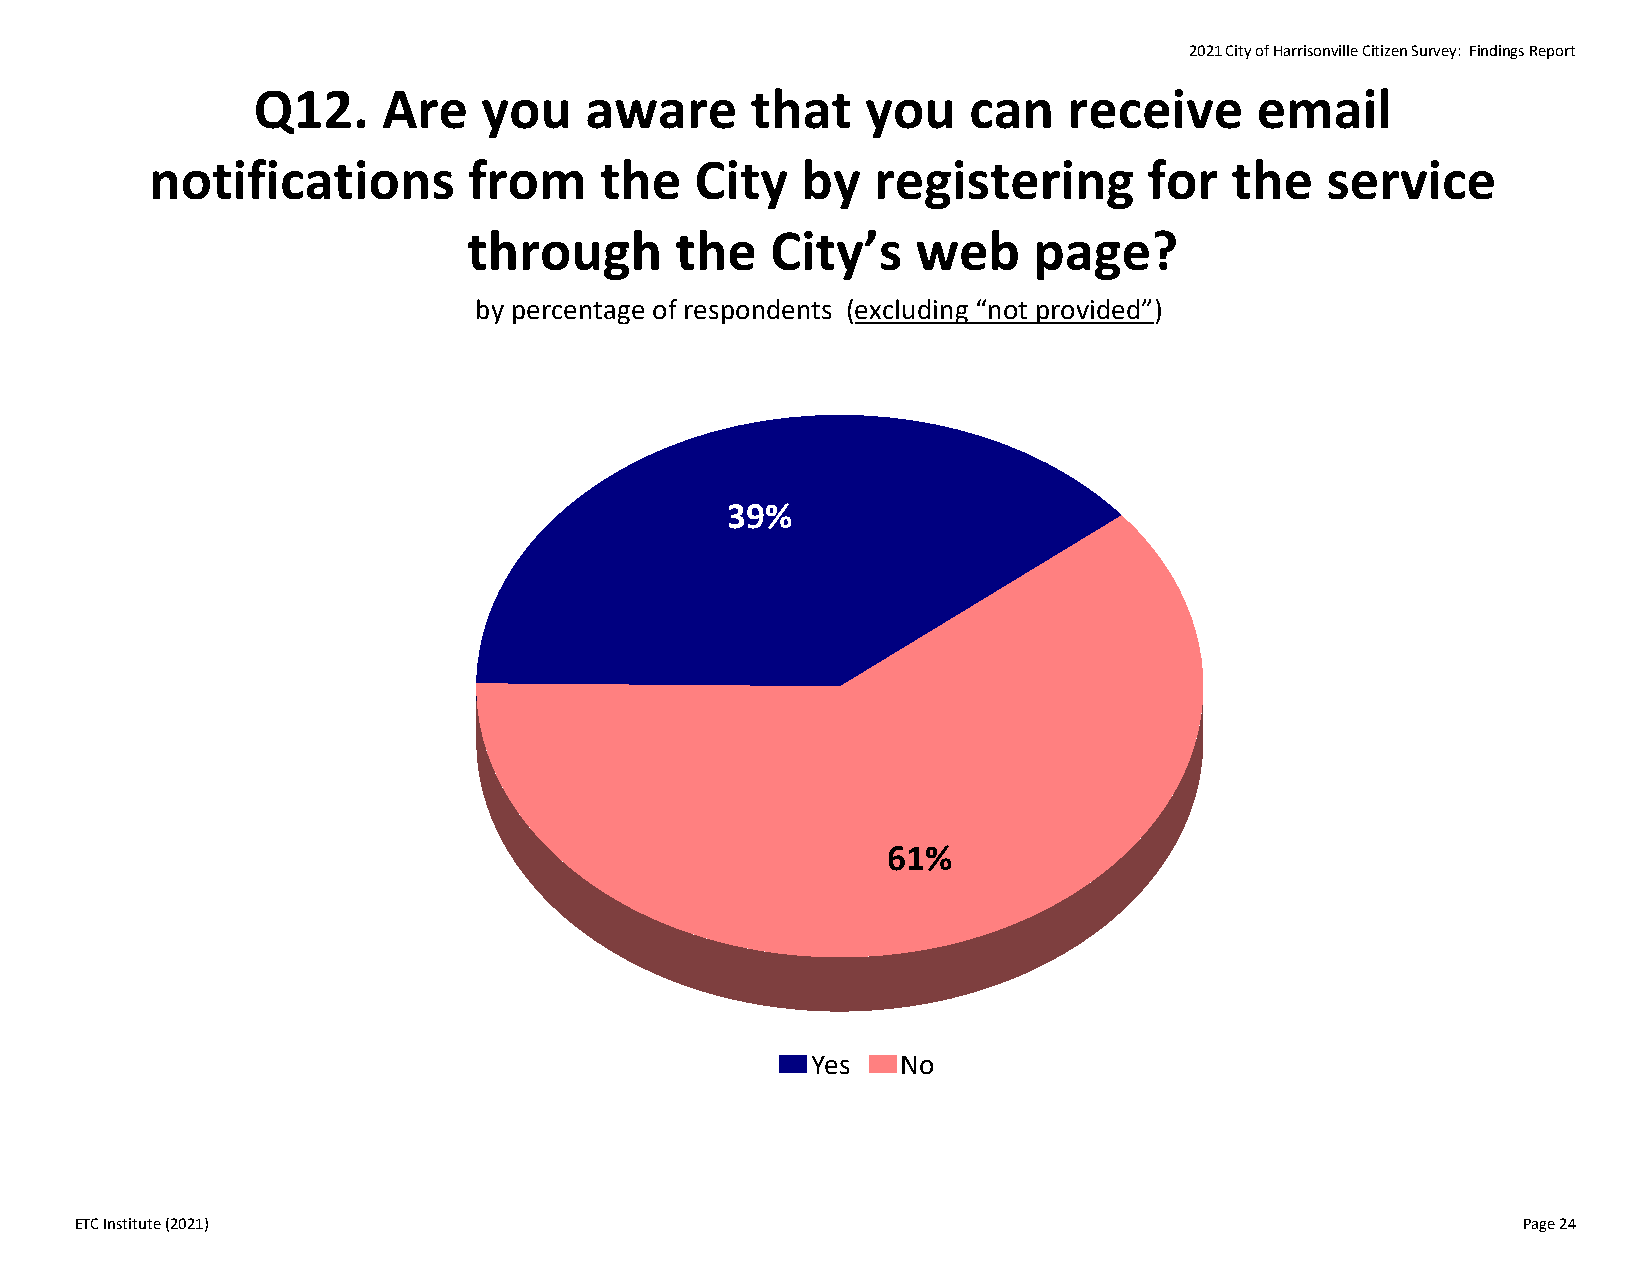
2021 City of Harrisonville Citizen Survey: Findings Report
 Q12.    Are    you    aware      that   you    can    receive     email
 notifications        from     the   City   by   registering       for   the   service
 through       the   City’s    web    page?
 by percentage of respondents (excluding “not provided”)
 39%
 61%
 Yes   No
 ETC Institute (2021)                                                                            Page 24